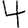
Digit: 4